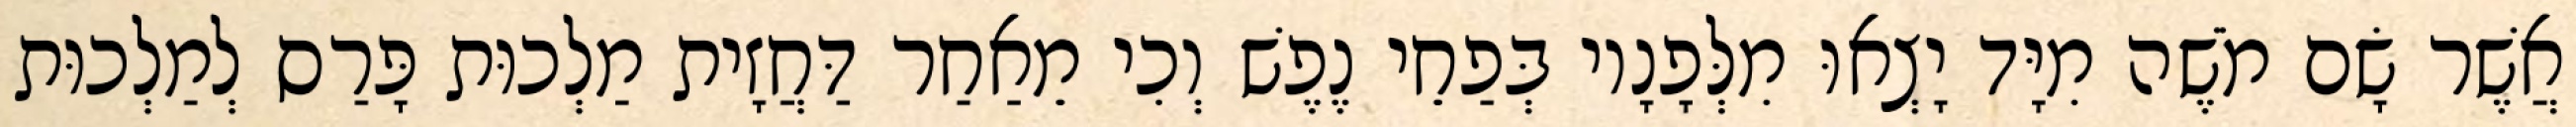
אֲשֶׁר שָׂם מֹשֶׁה מִיָּד יָצְאוּ מִלְּפָנָיו בְּפַחֵי נֶפֶשׁ וְכִי מֵאַחַר דַּחֲזָית מַלְכוּת פָּרַס לְמַלְכוּת